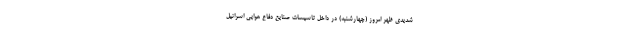
شدیدی ظهر امروز (چهارشنبه) در داخل تاسیسات صنایع دفاع هوایی اسرائیل